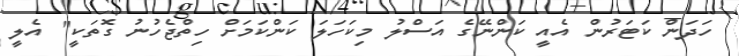
ހަދަން ކަޓަރުން އެއީ ކަންނޭގެ އަސްލު މިކަހަލަ ކަންކަމަށް ހިތްޖެހުނު ގޮތަކީ" އެލީ